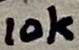
Text: 10k